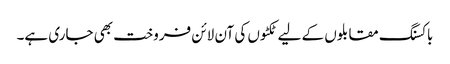
باکسنگ مقابلوں کے لیے ٹکٹوں کی آن لائن فروخت بھی جاری ہے۔